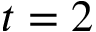
t = 2